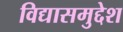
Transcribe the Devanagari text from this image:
विद्यासमुद्देश